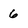
Character: 6